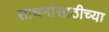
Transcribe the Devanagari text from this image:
साधनांसाठीच्या